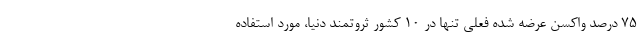
۷۵ درصد واکسن عرضه شده فعلی تنها در ۱۰ کشور ثروتمند دنیا، مورد استفاده